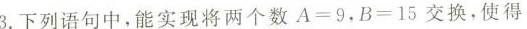
3.下列语句中，能实现将两个数A=9，B=15交换，使得